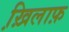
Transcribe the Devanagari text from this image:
ख़ि़लाफ़